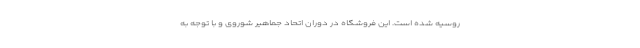
روسیه شده است. این فروشگاه در دوران اتحاد جماهیر شوروی و با توجه به